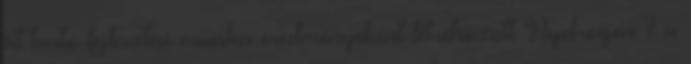
át tartó fejlesztési munka eredményeként létrehozott Hydrogen 7 a